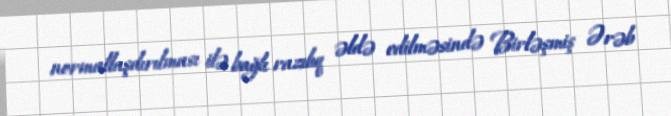
normallaşdırılması ilə bağlı razılıq əldə edilməsində Birləşmiş Ərəb